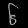
Digit: ၆